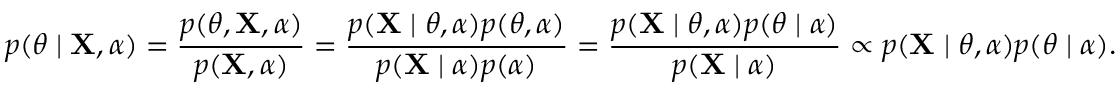
p ( \theta \mid \mathbf { X } , \alpha ) = { \frac { p ( \theta , \mathbf { X } , \alpha ) } { p ( \mathbf { X } , \alpha ) } } = { \frac { p ( \mathbf { X } \mid \theta , \alpha ) p ( \theta , \alpha ) } { p ( \mathbf { X } \mid \alpha ) p ( \alpha ) } } = { \frac { p ( \mathbf { X } \mid \theta , \alpha ) p ( \theta \mid \alpha ) } { p ( \mathbf { X } \mid \alpha ) } } \propto p ( \mathbf { X } \mid \theta , \alpha ) p ( \theta \mid \alpha ) .